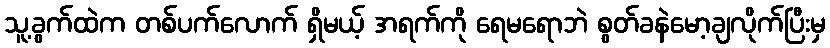
သူ့ခွက်ထဲက တစ်ပက်လောက် ရှိမယ့် အရက်ကို ရေမရောဘဲ စွတ်ခနဲမော့ချလိုက်ပြီးမှ